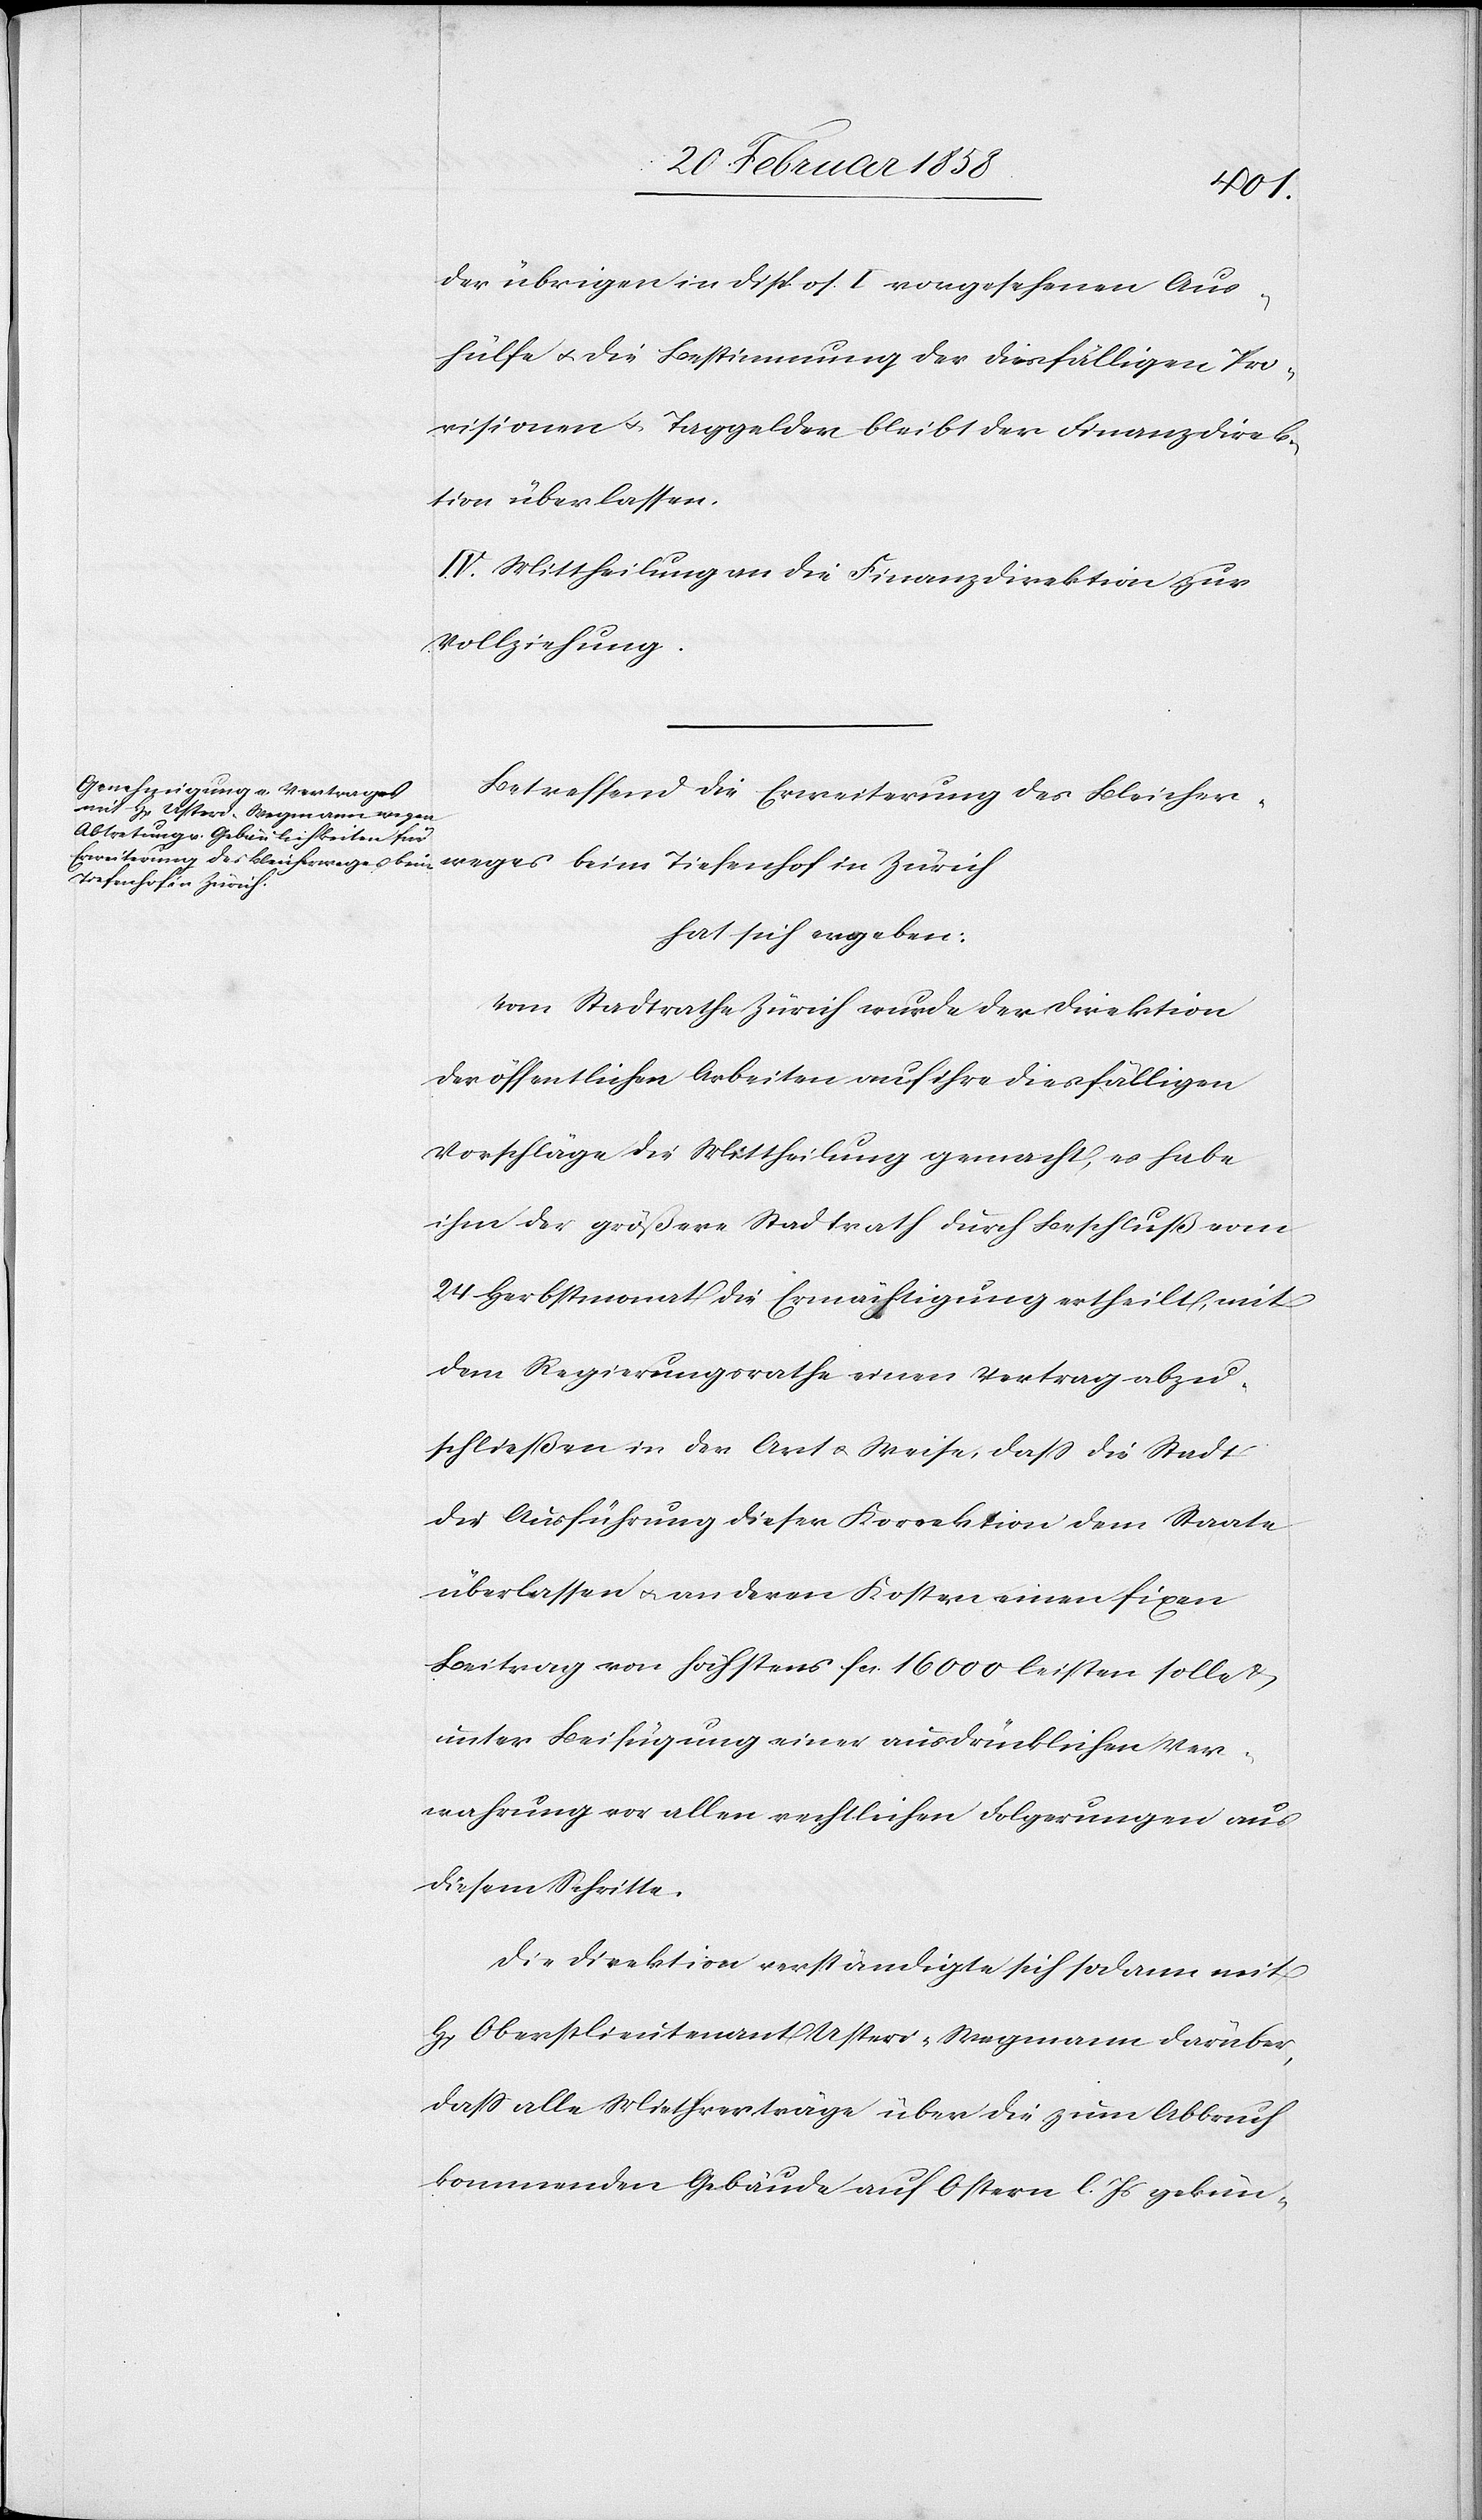
weges
der übrigen in Dispos. I. vorgesehenen Aus¬
hülfe u. die Bestimmung der diesfälligen Pro¬
visionen u. Taggelder bleibt der Finanzdirek¬
tion überlassen.
IV. Mittheilung an die Finanzdirektion zur
Vollziehung.
Betreffend die Erweiterung des Bleicher¬
Tiefenhof in Zürich
hat sich ergeben:
Vom Stadtrathe Zürich wurde der Direktion
der öffentlichen Arbeiten auf ihre diesfälligen
Vorschläge die Mittheilung gemacht, es habe
ihm der größere Stadtrath durch Beschluß vom
24 Herbstmonat die Ermächtigung ertheilt, mit
dem Regierungsrathe einen Vertrag abzu¬
schließen in der Art u. Weise, daß die Stadt
die Ausführung dieser Korrektion dem Staate
überlassen u. an deren Kosten einen fixen
Beitrag von höchstens fcs. 16 000 leisten solle u.
unter Beifügung einer ausdrücklichen Ver¬
wahrung vor allen rechtlichen Folgerungen aus
diesem Schritte.
Die Direktion verständigte sich sodann mit
H. Oberstlieutenant Usteri-Wegmann darüber,
daß alle Miethverträge über die zum Abbruch
kommenden Gebäude auf Ostern l. Js gekün-